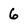
Character: 6